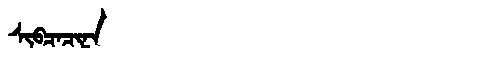
Manchu: ᠰᡳᠪᠴᠠᠴᡳᠨᠠ
Romanization: SIBCACINA